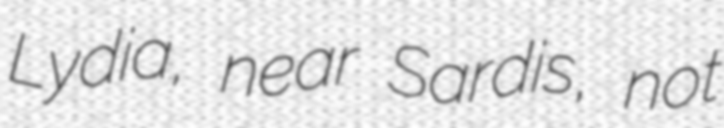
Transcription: Lydia, near Sardis, not